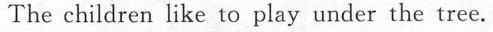
The children like to play under the tree.